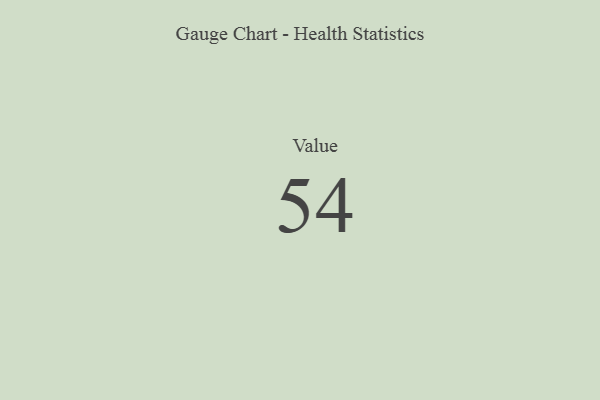
{"axis": {"x": "Metric", "y": "Value"}, "legend": [""], "data": [{"x": "Value", "y": 54, "type": ""}]}